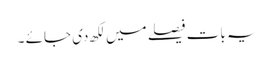
یہ بات فیصلے میں لکھ دی جائے ۔